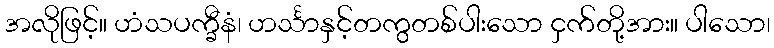
အလိုဖြင့်။ ဟံသပက္ခီနံ၊ ဟင်္သာနှင့်တကွတစ်ပါးသော ငှက်တို့အား။ ပါသော၊